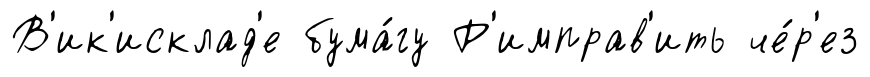
В'ик'исклад'е бума́гу Р'имправ'ить че́р'ез